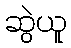
ဆွဲယူ